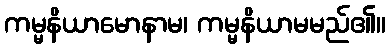
ကမ္မနိယာမောနာမ၊ ကမ္မနိယာမမည်၏။